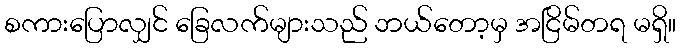
စကားပြောလျှင် ခြေလက်များသည် ဘယ်တော့မှ အငြိမ်တရ မရှိ။